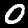
Label: 0